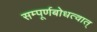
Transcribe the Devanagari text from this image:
सम्पूर्णबोधत्वात्